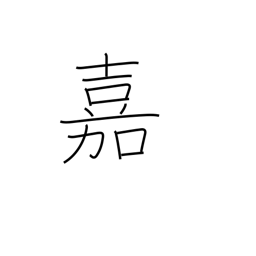
Meaning: esteem